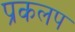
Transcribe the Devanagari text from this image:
प्रकलप